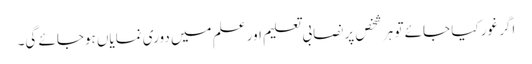
اگر غور کیا جائے تو ہر شخص پر نصابی تعلیم اور علم میں دوری نمایاں ہوجائے گی۔